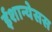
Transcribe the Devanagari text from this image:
ईशान्येसस